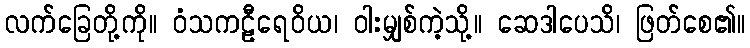
လက်ခြေတို့ကို။ ဝံသကဠီရေဝိယ၊ ဝါးမျှစ်ကဲ့သို့။ ဆေဒါပေသိ၊ ဖြတ်စေ၏။